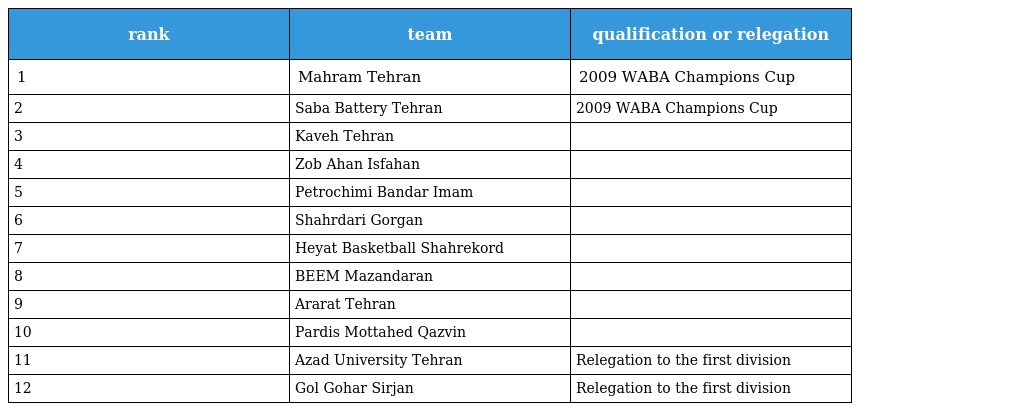
| rank | team | qualification or relegation |
 | --- | --- | --- |
 | 1 | Mahram Tehran | 2009 WABA Champions Cup |
 | 2 | Saba Battery Tehran | 2009 WABA Champions Cup |
 | 3 | Kaveh Tehran |  |
 | 4 | Zob Ahan Isfahan |  |
 | 5 | Petrochimi Bandar Imam |  |
 | 6 | Shahrdari Gorgan |  |
 | 7 | Heyat Basketball Shahrekord |  |
 | 8 | BEEM Mazandaran |  |
 | 9 | Ararat Tehran |  |
 | 10 | Pardis Mottahed Qazvin |  |
 | 11 | Azad University Tehran | Relegation to the first division |
 | 12 | Gol Gohar Sirjan | Relegation to the first division |